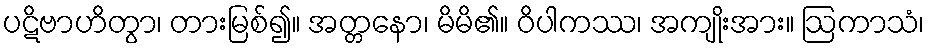
ပဋိဗာဟိတွာ၊ တားမြစ်၍။ အတ္တနော၊ မိမိ၏။ ဝိပါကဿ၊ အကျိုးအား။ ဩကာသံ၊